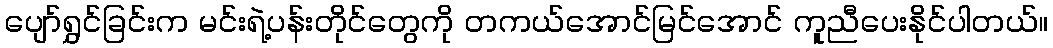
ပျော်ရွှင်ခြင်းက မင်းရဲ့ပန်းတိုင်တွေကို တကယ်အောင်မြင်အောင် ကူညီပေးနိုင်ပါတယ်။